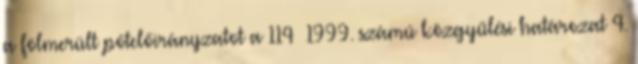
a fölmerült pótelőirányzatot a 114 1999. számú közgyűlési határozat 4.